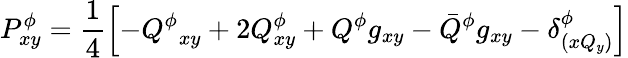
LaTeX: P_{xy}^{\phi}=\frac{1}{4}\left[-{Q^{\phi}}_{xy}+2{Q_{xy}^{\phi}}+{Q^{\phi}}g_{xy}-\bar{Q}^{\phi}g_{xy}-\delta_{(xQ_{y})}^{\phi}\right]